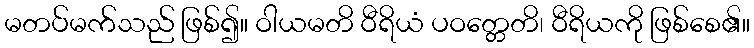
မတပ်မက်သည် ဖြစ်၍။ ဝါယမတိ ဝီရိယံ ပဝတ္တေတိ၊ ဝီရိယကို ဖြစ်စေ၏။